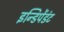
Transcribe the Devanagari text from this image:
इन्डिपेंडंट